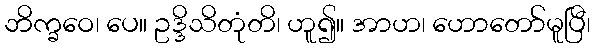
ဘိက္ခဝေ၊ ပေ။ ဥဒ္ဒိသိတုံတိ၊ ဟူ၍။ အာဟ၊ ဟောတော်မူပြီ၊